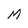
Character: M